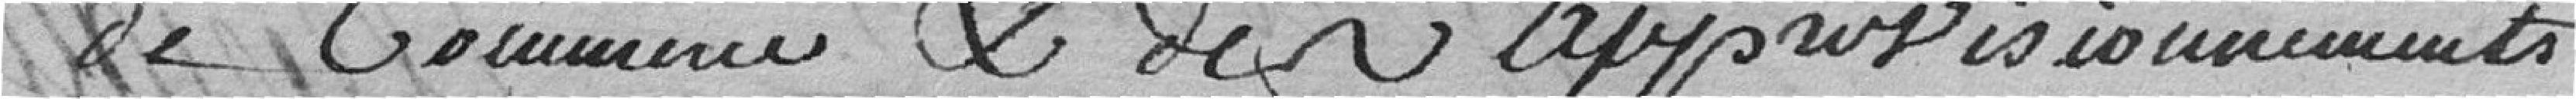
de commune et des  approvisionnements